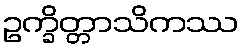
ဥက္ခိတ္တာသိကဿ